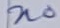
Text: n0